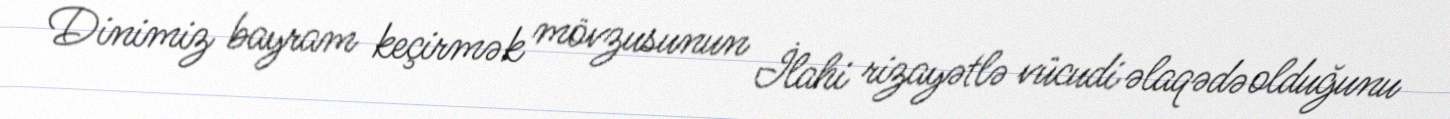
Dinimiz bayram keçirmək mövzusunun İlahi rizayətlə vücudi əlaqədə olduğunu